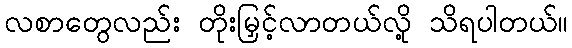
လစာတွေလည်း တိုးမြှင့်လာတယ်လို့ သိရပါတယ်။